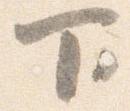
下